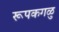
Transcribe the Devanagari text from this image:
रूपकगळु